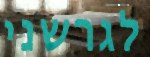
לגרשני